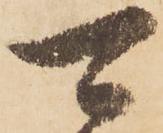
可